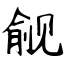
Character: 觎